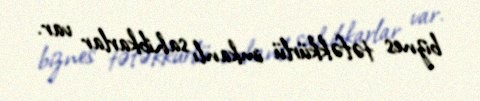
biznes təfəkkürlü imkanlı sahibkarlar var.